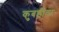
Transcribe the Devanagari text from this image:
कुबडीवर